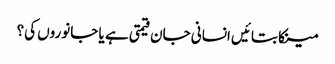
مینکا بتائیں انسانی جان قیمتی ہے یا جانوروں کی؟